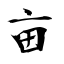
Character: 亩